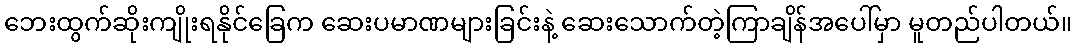
ဘေးထွက်ဆိုးကျိုးရနိုင်ခြေက ဆေးပမာဏများခြင်းနဲ့ ဆေးသောက်တဲ့ကြာချိန်အပေါ်မှာ မူတည်ပါတယ်။